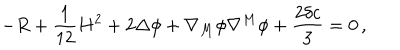
- R + \frac { 1 } { 1 2 } H ^ { 2 } + 2 \Delta \phi + \nabla _ { M } \phi \nabla ^ { M } \phi + \frac { 2 \delta c } { 3 } = 0 \, ,